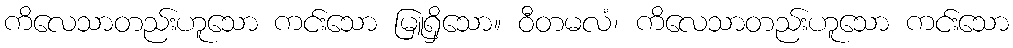
ကိလေသာတည်းဟူသော ကင်းသော မြူရှိသော။ ဝီတမလံ၊ ကိလေသာတည်းဟူသော ကင်းသော